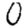
Digit: 0